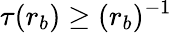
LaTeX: \tau(r_{b})\geq(r_{b})^{-1}